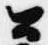
公